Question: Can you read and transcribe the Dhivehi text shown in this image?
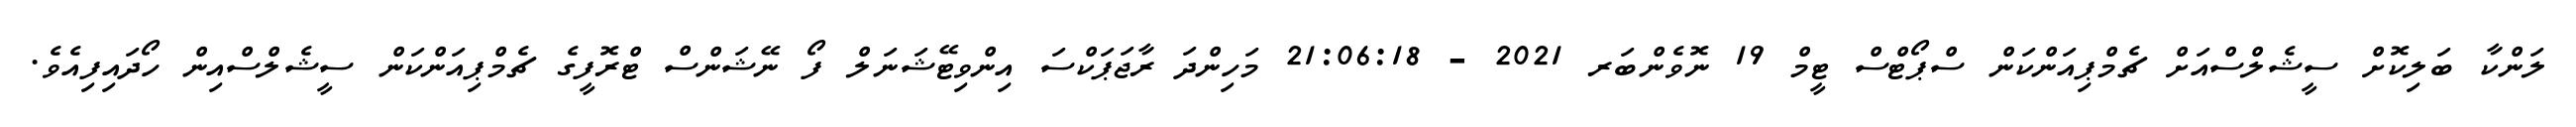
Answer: ލަންކާ ބަލިކޮށް ސީޝެލްސްއަށް ޗެމްޕިއަންކަން ސްޕޯޓްސް ޓީމް 19 ނޮވެންބަރ 2021 - 21:06:18 މަހިންދަ ރާޖަޕަކްސަ އިންވިޓޭޝަނަލް ފޯ ނޭޝަންސް ޓްރޮފީގެ ޗެމްޕިއަންކަން ސީޝެލްސްއިން ހޯދައިފިއެވެ.